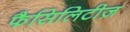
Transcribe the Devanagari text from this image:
फैसिलिटीज़